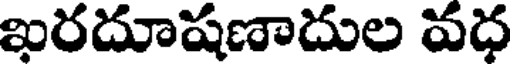
ఖరదూషణాదుల వధ